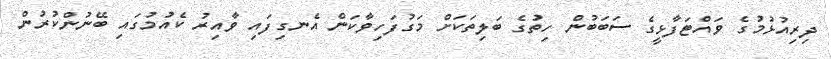
ދިރިއުޅުމުގެ ވައްޓަފާޅީގެ ސަބަބުން ހިތުގެ ބަލިތަކަށް މަގުފަހިވާކަން އެނގިފައި ވާއިރު ކެއުމުގައި ބޭނުންކުރުން